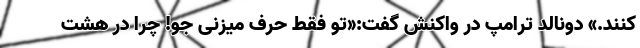
کنند.» دونالد ترامپ در واکنش گفت:«تو فقط حرف میزنی جو! چرا در هشت